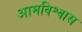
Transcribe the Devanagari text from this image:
आमविश्वास